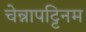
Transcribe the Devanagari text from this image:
चेन्नापट्टिनम